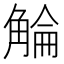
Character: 𧣵